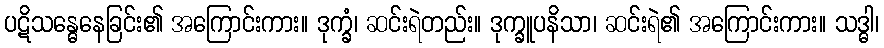
ပဋိသန္ဓေနေခြင်း၏ အကြောင်းကား။ ဒုက္ခံ၊ ဆင်းရဲတည်း။ ဒုက္ခူပနိသာ၊ ဆင်းရဲ၏ အကြောင်းကား။ သဒ္ဓါ၊